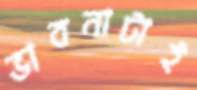
ভাবনাটাই